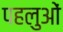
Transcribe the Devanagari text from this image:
पहलुआें